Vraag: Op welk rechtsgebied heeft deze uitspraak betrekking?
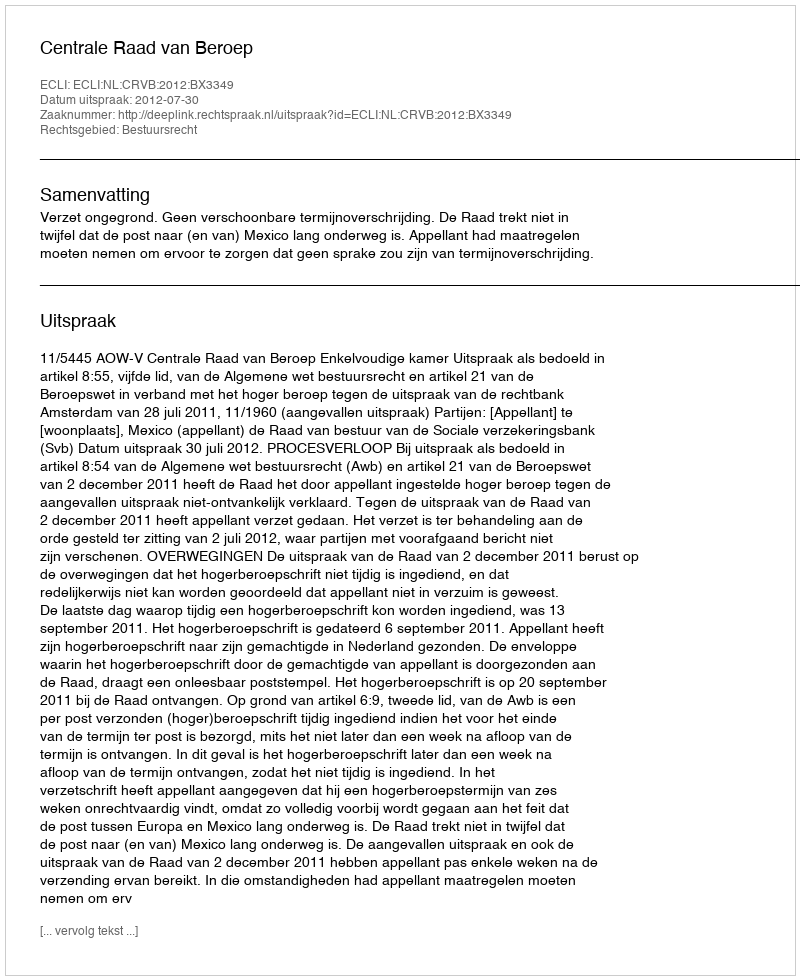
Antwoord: Bestuursrecht